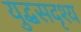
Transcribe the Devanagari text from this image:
युद्धसदृश्य